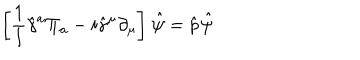
\left[ { \frac { 1 } { l } } \hat { \gamma } ^ { a } \Pi _ { a } - i \hat { \gamma } ^ { \mu } \partial _ { \mu } \right] \ \! \hat { \psi } = \hat { \sf p } \ \! \hat { \psi }